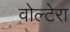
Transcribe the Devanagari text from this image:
वोल्टेरा